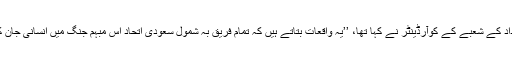
اپنے بیان میں اقوام متحدہ کے انسانی بنیادوں پر امداد کے شعبے کے کوآرڈینٹر نے کہا تھا، ’’یہ واقعات بتاتے ہیں کہ تمام فریق بہ شمول سعودی اتحاد اس مبہم جنگ میں انسانی جان کی تکریم کو مکمل طور پر نظرانداز کر رہے ہیں۔